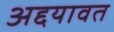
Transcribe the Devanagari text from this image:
अद्दयावत